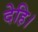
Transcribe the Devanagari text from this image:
देहि।